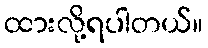
ထားလို့ရပါတယ်။